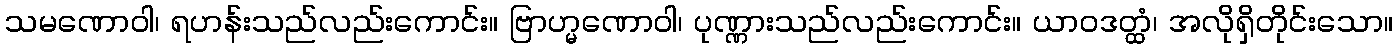
သမဏောဝါ၊ ရဟန်းသည်လည်းကောင်း။ ဗြာဟ္မဏောဝါ၊ ပုဏ္ဏားသည်လည်းကောင်း။ ယာဝဒတ္ထံ၊ အလိုရှိတိုင်းသော။